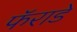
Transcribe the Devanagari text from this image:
फॅराडे